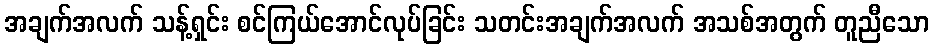
အချက်အလက် သန့်ရှင်း စင်ကြယ်အောင်လုပ်ခြင်း သတင်းအချက်အလက် အသစ်အတွက် တူညီသော